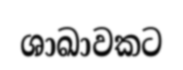
ශාඛාවකට